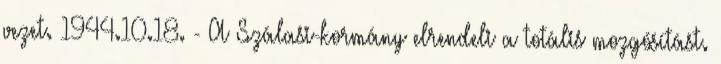
vezet. 1944.10.18. - A Szálasi-kormány elrendeli a totális mozgósítást.